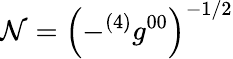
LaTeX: \mathcal{N}=\left(-{^{(4)}g^{00}}\right)^{-1/2}